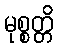
မုစ္စတ္တိ